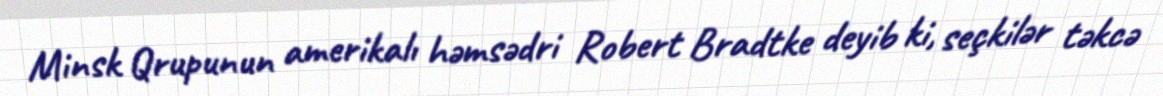
Minsk Qrupunun amerikalı həmsədri Robert Bradtke deyib ki, seçkilər təkcə